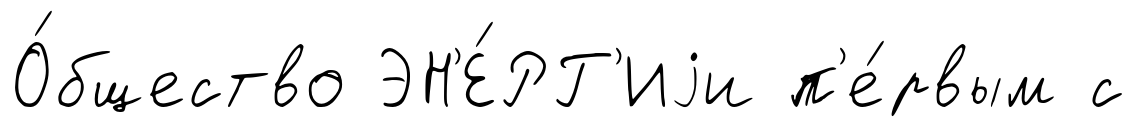
О́бщество ЭН'Е́РГ'Иjи п'е́рвым с